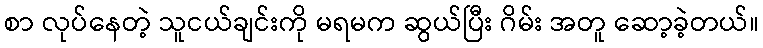
စာ လုပ်နေတဲ့ သူငယ်ချင်းကို မရမက ဆွယ်ပြီး ဂိမ်း အတူ ဆော့ခဲ့တယ်။